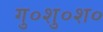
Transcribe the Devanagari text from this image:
गु०शु०श०